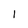
Character: 1